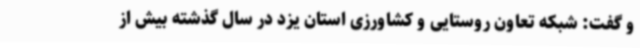
و گفت: شبکه تعاون روستایی و کشاورزی استان یزد در سال گذشته بیش از